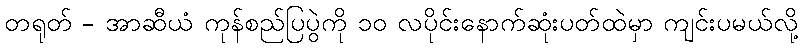
တရုတ် - အာဆီယံ ကုန်စည်ပြပွဲကို ၁၀ လပိုင်းနောက်ဆုံးပတ်ထဲမှာ ကျင်းပမယ်လို့